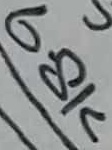
Text: 6.8K